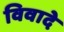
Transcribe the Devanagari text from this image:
विवादे